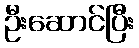
ဦးဆောင်ပြီး